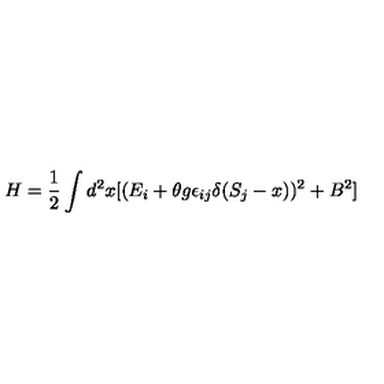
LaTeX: H = \frac { 1 } { 2 } \int d ^ { 2 } x [ ( E _ { i } + \theta g \epsilon _ { i j } \delta ( S _ { j } - x ) ) ^ { 2 } + B ^ { 2 } ]